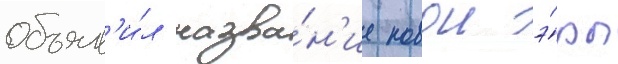
объяв'и́л назва́н'ие новои э́ры